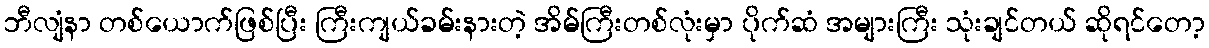
ဘီလျံနာ တစ်ယောက်ဖြစ်ပြီး ကြီးကျယ်ခမ်းနားတဲ့ အိမ်ကြီးတစ်လုံးမှာ ပိုက်ဆံ အများကြီး သုံးချင်တယ် ဆိုရင်တော့